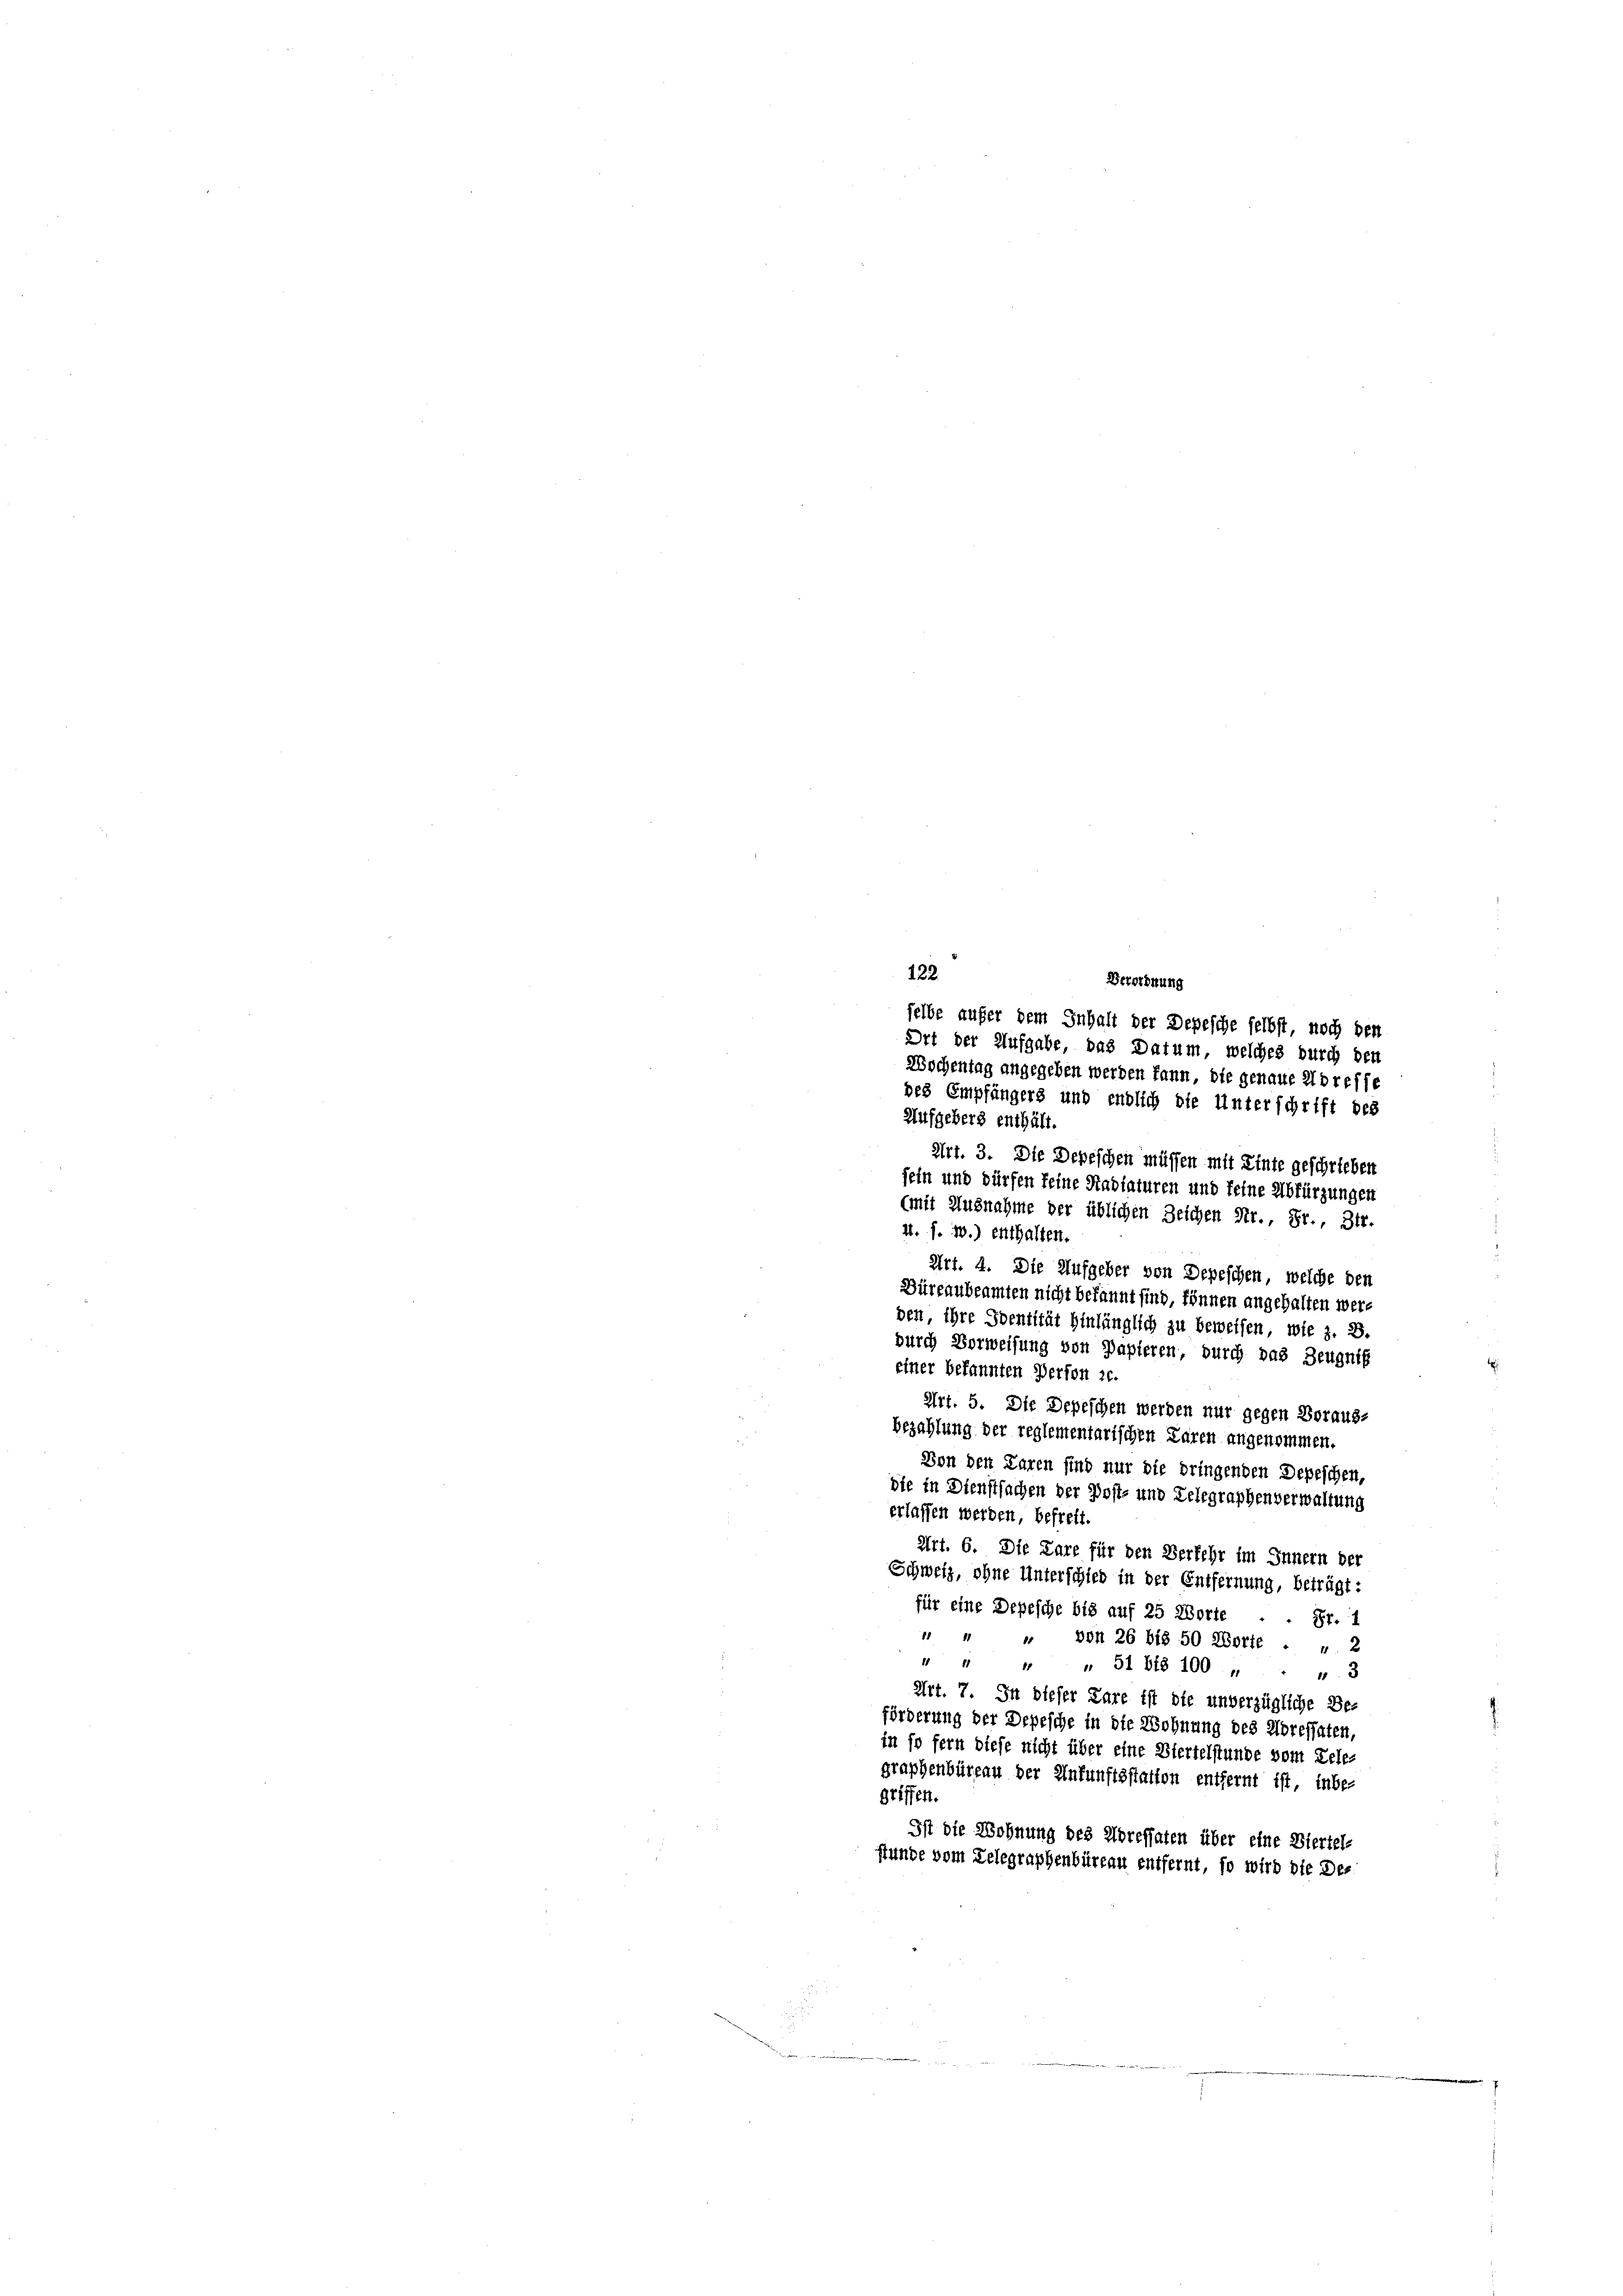
122.
Berordnung
selbe aufer dem Inhalt der Depesche selbst, noch den
Ort der Aufgabe, das Datum, welches durch den
Wochentag angegeben werden kann, die genaue Adresse
des Empfängers und endlich die Unterschrift des
Aufgebers enthält.
Art. 3. Die Depeschen müssen mit Einte geschrieben
sein und dürfen feine Stadtaturen und feine Abfürzungen
(mit Ausnahme der üblichen Zeichen Str., Sr., 3tr.
4. f. 1.) enthalten.
Art. 4. Die Aufgeber von Depeschen, welche den
Büreaubeamten nicht bekannt sind, können angehalten werd
den, ihre Identität hinlänglich zu beweisen, wie z. B.
durch Vorweisung von Papieren, durch das Zeugnis
einer bekannten Perfon 20.
Art. 5. Die Depeschen werden nur gegen Voraus-
bezahlung der reglementarischen Laren angenommen.
Von den Paren sind nur die dringenden Depeschen,
die in Dienstsachen der Post- und Lelegraphenverwaltung
erlassen werden, befreit.
Art. 6. Die Pare für den Verkehr im Innern der
Schweiz, ohne Unterschied in der Entfernung, beträgt:
für eine Depesche bis auf 25 Worte
87. 1
" " " von 26 bis 50 Aborte . . 2
4 " " " 51 bis 100 „
3
Art. 7. In dieser Pare ist die unverzügliche Be-
förderung der Depesche in die Wohnung des Korefsaten,
in so fern diese nicht über eine Viertelstunde vom Tele-
graphenbüreau der Ankunftsstatten entfernt ist inbe-
griffen.
Ist die Wohnung des Horessaten über eine Viertel-
stunde vom Telegraphenbüreau entfernt, so wird die De-